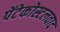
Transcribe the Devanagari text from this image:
पेंटेकोस्टलवाद